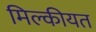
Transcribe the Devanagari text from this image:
मिल्कीयत